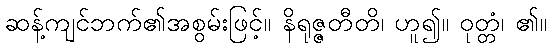
ဆန့်ကျင်ဘက်၏အစွမ်းဖြင့်။ နိရုဇ္ဇတီတိ၊ ဟူ၍။ ဝုတ္တံ၊ ၏။